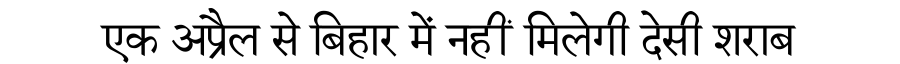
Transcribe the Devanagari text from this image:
एक अप्रैल से बिहार में नहीं मिलेगी देसी शराब